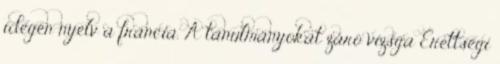
idegen nyelv a francia. A tanulmányokat záró vizsga Érettségi